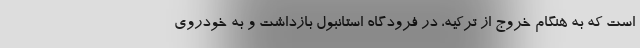
است که به هنگام خروج از ترکیه، در فرودگاه استانبول بازداشت و به خودروی